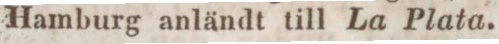
Hamburg anländt till La Plata.